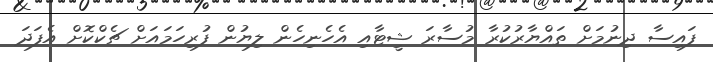
ފައިސާ ދިނުމަށް ތައްޔާރުކުރާ މުސާރަ ޝީޓާއި އެހެނިހެން ލިޔުން ފުރިހަމައަށް ޗެކްކޮށް އެފަދަ